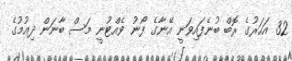
32 އަހަރުގެ ރޮބް ބުނެފައިވަނީ އޭނާގެ ފޯނު ވެއްޓުނީ މަސް ބާނަން ދިއުމުގެ